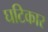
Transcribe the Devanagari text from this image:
घटिकार